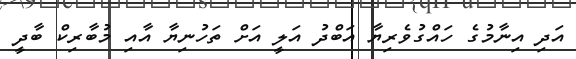
އަދި އިނާމުގެ ހައްގުވެރިޔާ އަބްދު އަލީ އަށް ތަހުނިޔާ އާއި މުބާރިކް ބާދީ